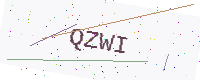
Text: QZWI